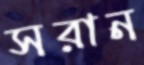
সরান